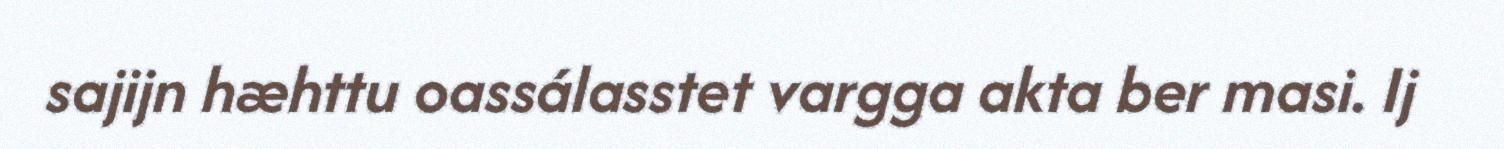
sajijn hæhttu oassálasstet vargga akta ber masi. Ij